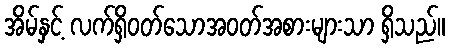
အိမ်နှင့် လက်ရှိဝတ်သောအဝတ်အစားများသာ ရှိသည်။